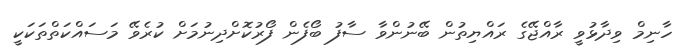
ހާނިމް ވިދާޅުވީ ރާއްޖޭގެ ރައްޔިިތުން ބޭނުންވާ ސާފު ބޯފެން ފޯރުކޮށްދިނުމަށް ކުރެވޭ މަސައްކަތްތަކަކީ